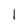
Character: 1